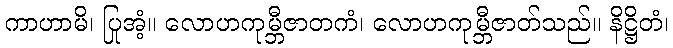
ကာဟာမိ၊ ပြုအံ့။ လောဟကုမ္ဘီဇာတကံ၊ လောဟကုမ္ဘီဇာတ်သည်။ နိဋ္ဌိတံ၊